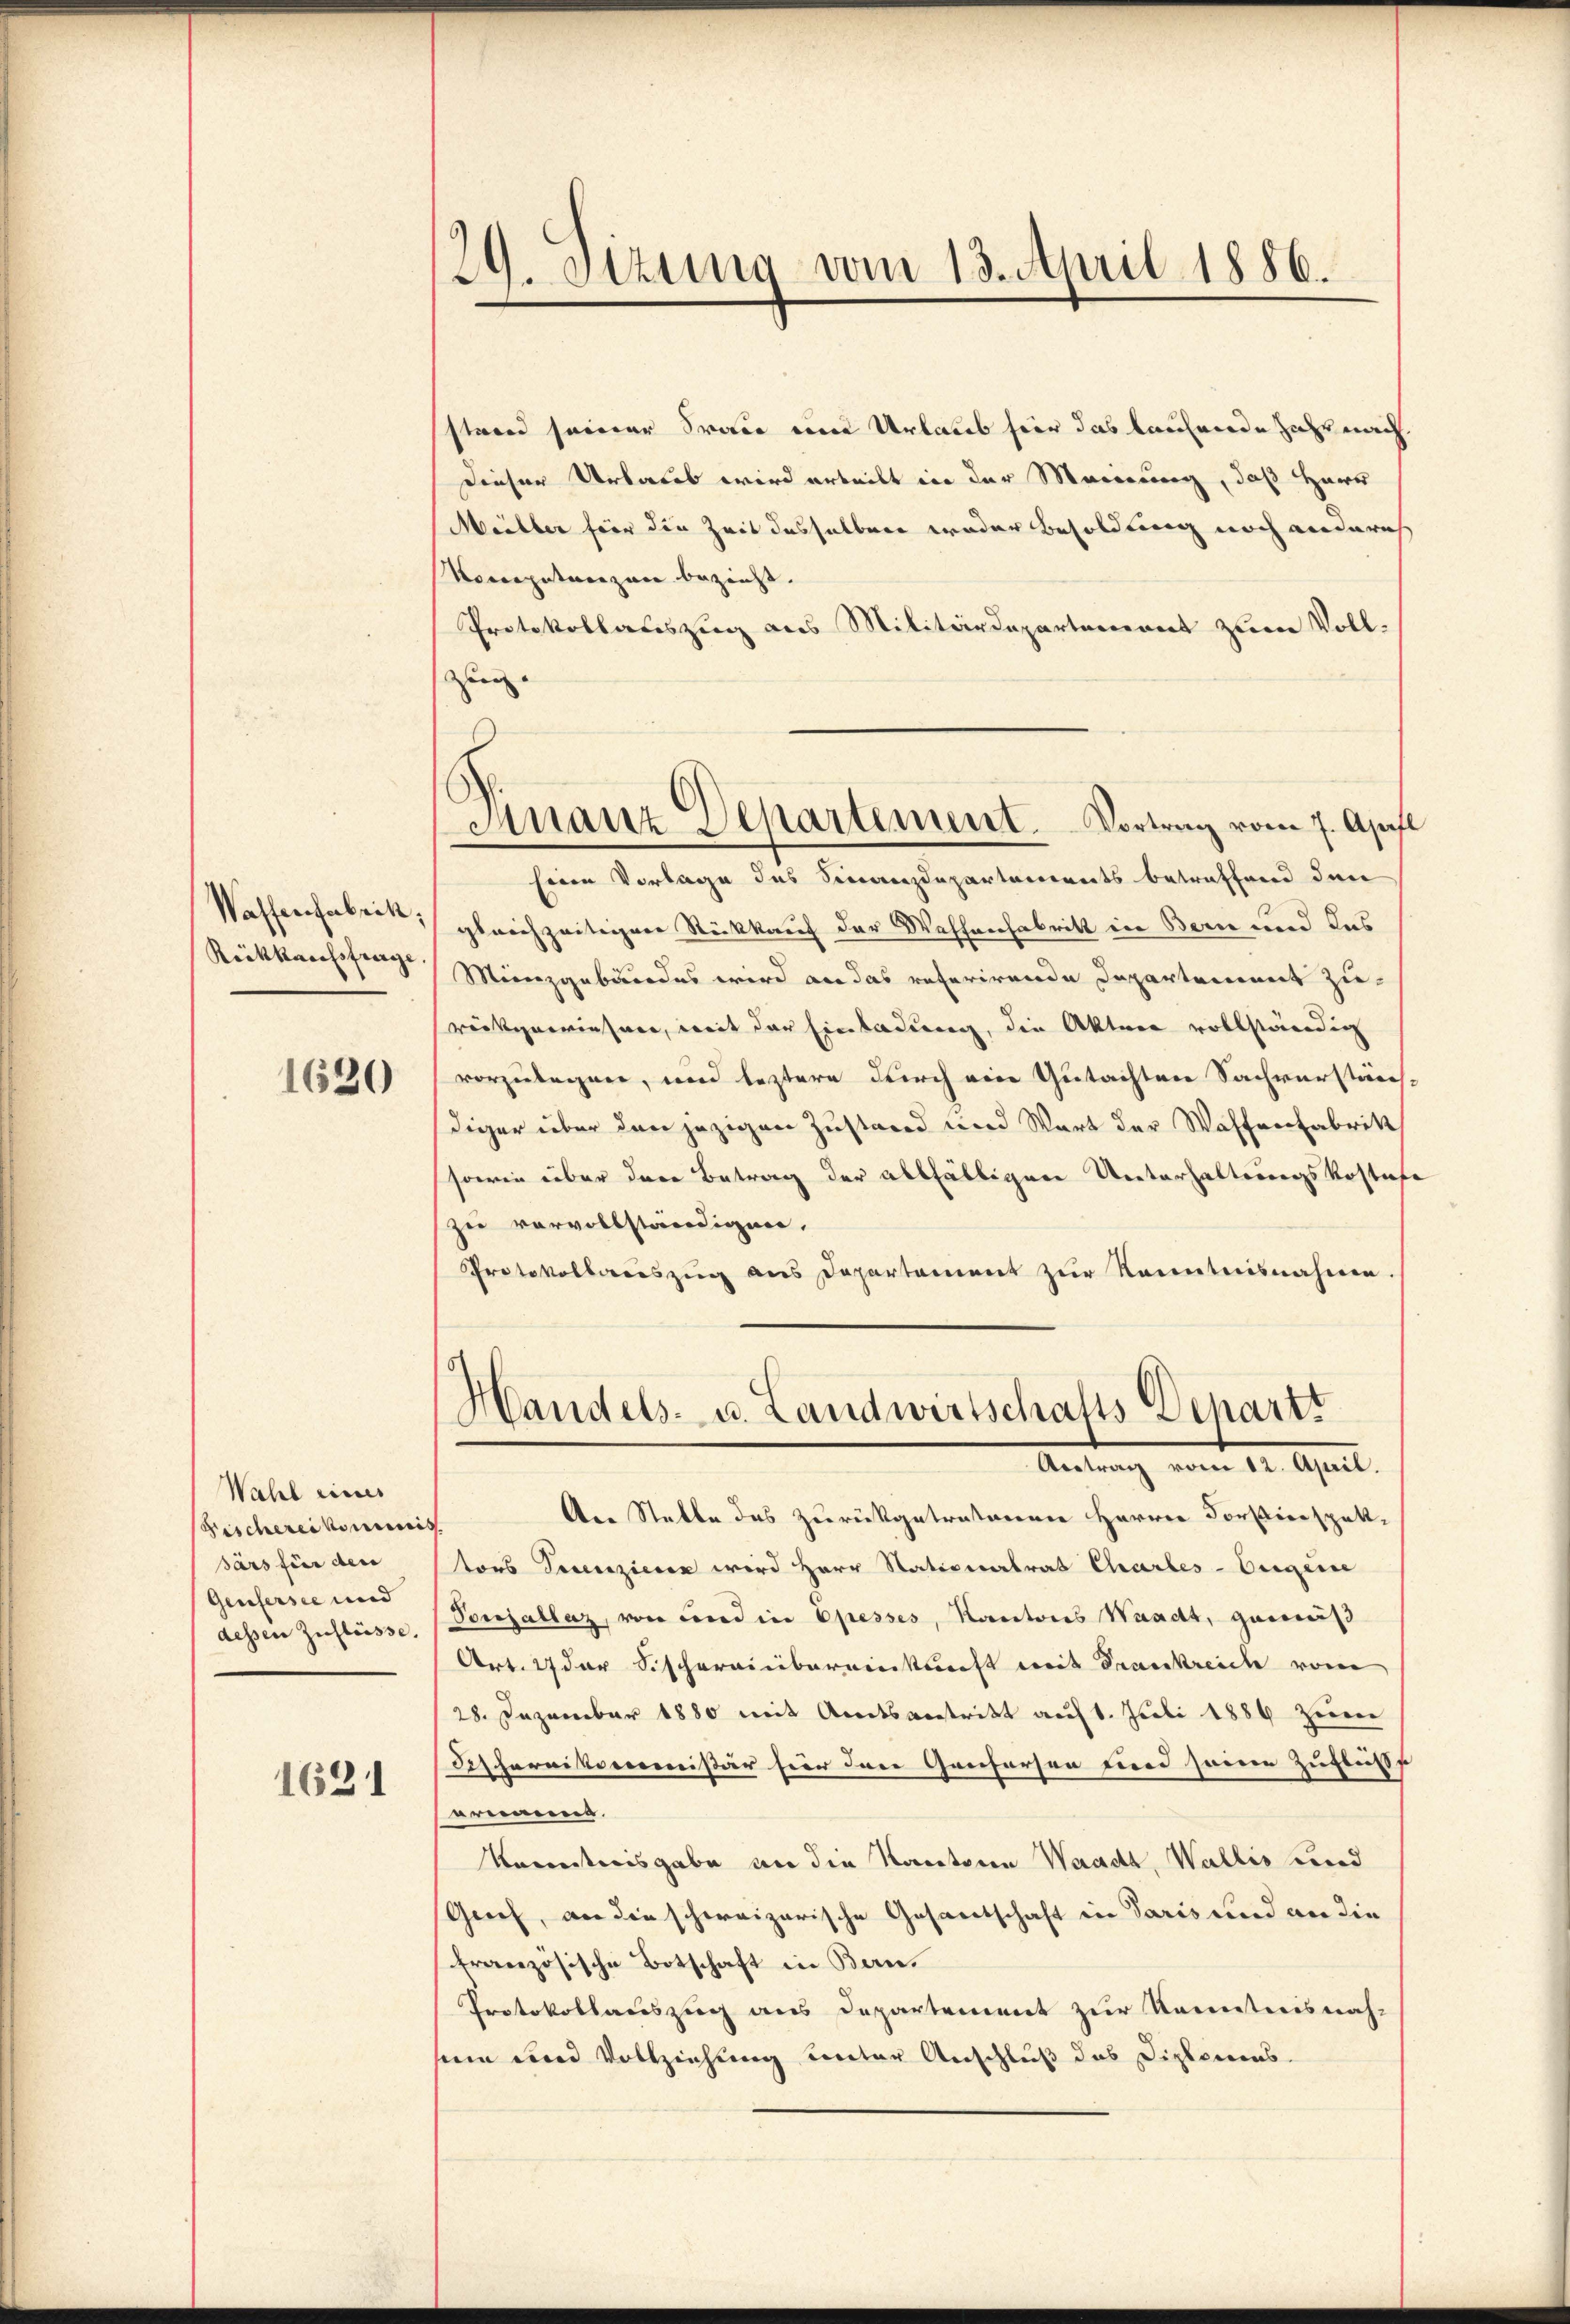
Waffenfabrik,
Rückkaufsfrage

1630

Wahl eines
Fischereiten
särs für den
Genfersee und
dessen Zuflüsse.

1621

29. Sitzung vom 13. April 1886.

stand seiner Frau eine Urlaub hier das laufende Jahr nach
Dieser Urlaub wird erteilt in der Meinung, daß Herr
Müller für die Zeit desselben weder Besoldung noch anderes
Kompetanzen bezieht.
Protokollauszug aus Militärdepartement zum Voll-
Zug.
Eine Vorlage des Finanzdepartements betreffend den
gleichzeitigene Stückkauf der Waffeehabritt in Bern und das
Münzgebäudes wird an das referirende Departement zurückgewiesner, mit der Einladung, die Akten vollständig
vorzulegen, und leztere durch eine Gutachten Sachverstärch
diger über den jezigen Zustand und Wart der Waffenfabrik
sowie über der Betrag der allfälligen Unterhaltungskostif
zu vervollständigen.
Protokollauszug aus Departement zur Kenntnisnahme.
Handels- u. Landwirtschafts Deharzt
l
An Statte des zurückgetratorenen Harrer Forstierspott-
tors Serenzieren wird Herr Stationalrat Charbes-Eigene
Ponjallaz, von und in Opresses, Kantons Waadt, gemäß
Art. 27 der Fischereinbereinkunft mit Frankreiche von
28. Dezember 1880 mit Amtsantritt auf 1. Juli 1884 zur
Setcharnitarcommißär hier dere Genfersen und seine Zuflusse
ernement.
Kenntnisgabe an die Kantonen Waadt, Wallis und
Geief, an die schweizerische Gesantschaft in Paris und an die
französische Botschaft in Bern.
Protokollauszug aus Departement zur Kenntnisnah-
sein und Vollziehung unter Anschluß des Diplomens-

Finanz Departement. Vortrag vom 7. April